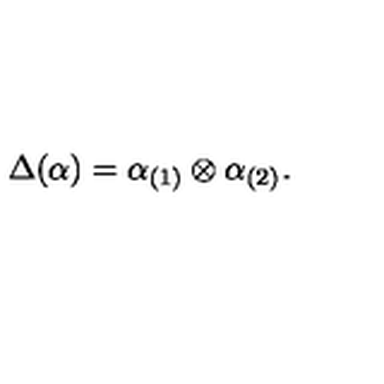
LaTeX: \Delta ( \alpha ) = \alpha _ { ( 1 ) } \otimes \alpha _ { ( 2 ) } .